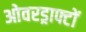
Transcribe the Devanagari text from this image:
ओवरड्राफ्टों